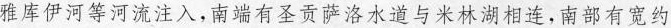
雅库伊河等河流注入，南端有圣贡萨洛水道与米林湖相连，南部有宽约